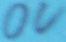
Text: 0V